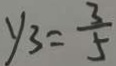
y _ { 3 } = \frac { 3 } { 5 }